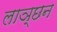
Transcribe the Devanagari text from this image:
लाञ्छन